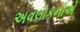
અવલોકનોએ